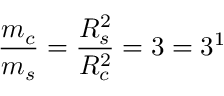
\frac { m _ { c } } { m _ { s } } = \frac { R _ { s } ^ { 2 } } { R _ { c } ^ { 2 } } = 3 = 3 ^ { 1 }